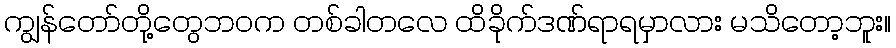
ကျွန်တော်တို့တွေဘဝက တစ်ခါတလေ ထိခိုက်ဒဏ်ရာရမှာလား မသိတော့ဘူး။